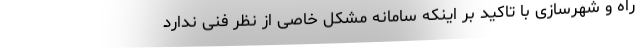
راه و شهرسازی با تاکید بر اینکه سامانه مشکل خاصی از نظر فنی ندارد